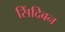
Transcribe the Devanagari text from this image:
सिंदिबन